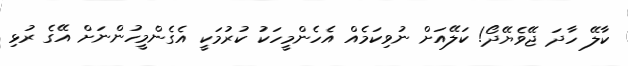
ކާލޭ ހާދަ ޖޭވެޔޭދޯ! ކަލޭއަށް ނުވިކަމެއް އެހެންމީހަކު ކުރުމަކީ އެގެންމީހުންނަށް އޭގެ ރުޅި